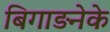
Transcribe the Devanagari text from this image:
बिगाड़नेके